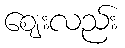
ဈေးလည်း